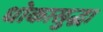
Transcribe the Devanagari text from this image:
धोकासुद्धा